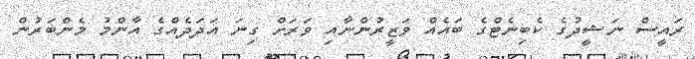
ރައީސް ނަޝީދުގެ ކެބިނެޓްގެ ބައެއް ވަޒީރުންނާއި ވަރަށް ގިނަ އަދަދެއްގެ އާންމު މެންބަރުން